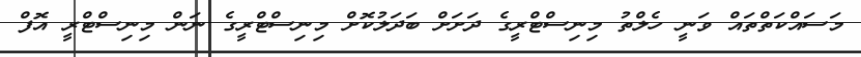
މަސައްކަތްތައް ވަނީ ހެލްތު މިނިސްޓްރީގެ ދަށަށް ބަދަލުކޮށް މިނިސްޓްރީގެ ނަން މިނިސްޓްރީ އޮފް